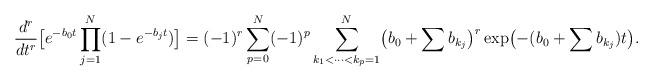
LaTeX: \begin{align*}\frac{d^r}{dt^r}\bigl[e^{-b_0 t}\prod\limits_{j=1}^N (1-e^{-b_jt})\bigr] = (-1)^r \sum\limits_{p=0}^N (-1)^p\sum\limits_{k_1<\cdots<k_p=1}^N \bigl(b_0+\sum b_{k_j}\bigr)^r\exp\bigl(-(b_0+\sum b_{k_j})t\bigr).\end{align*}